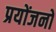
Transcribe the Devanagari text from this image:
प्रयोंजनों